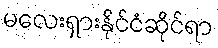
မလေးရှားနိုင်ငံဆိုင်ရာ